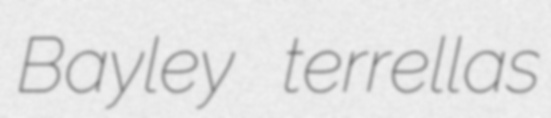
Bayley terrellas